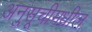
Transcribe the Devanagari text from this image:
अनुसूचीमधील